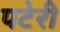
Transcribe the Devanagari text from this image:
पटेरी